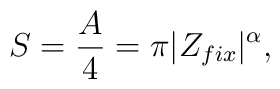
S={A\over 4}=\pi|Z_{fix}|^{\alpha},